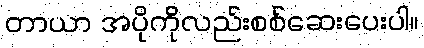
တာယာ အပိုကိုလည်းစစ်ဆေးပေးပါ။